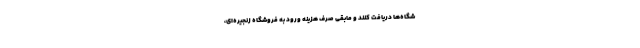
شگاه‌ها دریافت کنند و مابقی صرف هزینه ورود به فروشگاه زنجیره‌ای،